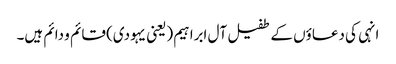
انہی کی دعاؤں کے طفیل آل ابراہیم (یعنی یہودی) قائم و دائم ہیں۔